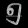
Digit: ၅